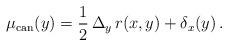
LaTeX: \begin{align*} \mu_{\mathrm{can}}(y) = \frac{1}{2} \,\Delta_y \,r(x,y) + \delta_x(y) \, . \end{align*}